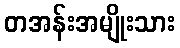
တအန်းအမျိုးသား